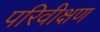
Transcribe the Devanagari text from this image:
परिवीक्षण